Vaccination in Bombay 1902-1912 - 1902-1912
Year: 1902
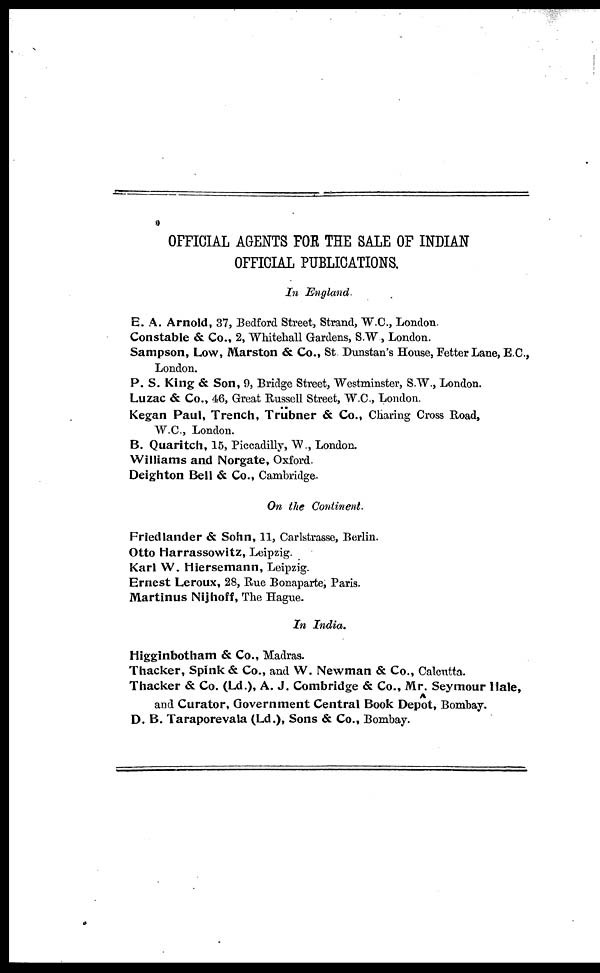
OFFICIAL AGENTS FOR THE SALE OF INDIAN
OFFICIAL PUBLICATIONS.
In England.
E. A. Arnold, 37, Bedford Street, Strand, W.C., London.
Constable & Co., 2, Whitehall Gardens, S.W, London.
Sampson, Low, Marston & Co., St Dunstan's House, Fetter Lane, E.C,
London.
P. S. King & Son, 9, Bridge Street, Westminster, S.W., London.
Luzac & Co., 46, Great Russell Street, W.C., London.
Kegan Paul, Trench, Trubner & Co., Charing Cross Road,
W.C., London.
B. Quaritch, 15, Piccadilly, W., London.
Williams and Norgate, Oxford.
Deighton Bell & Co., Cambridge.
On the Continent.
Friedlander & Sohn, 11, Carlstrasse, Berlin.
Otto Harrassowitz, Leipzig.
Karl W. Hiersemann, Leipzig.
Ernest Leroux, 28, Rue Bonaparte, Paris.
Martinus Nijhoff, The Hague.
In India.
Higginbotham & Co., Madras.
Thacker, Spink & Co., and W. Newman & Co., Calcutta.
Thacker & Co. (Ld.), A. J. Combridge & Co., Mr. Seymour Hale,
and Curator, Government Central Book Depôt, Bombay.
D. B. Taraporevala (Ld.), Sons & Co., Bombay.